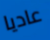
عاديا